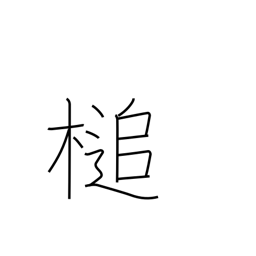
Meaning: hammer